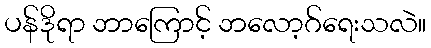
ပန်ဒိုရာ ဘာကြောင့် ဘလော့ဂ်ရေးသလဲ။